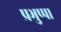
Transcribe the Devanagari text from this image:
प्रभुप्पा